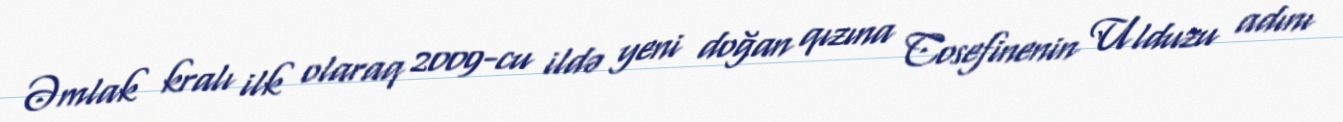
Əmlak kralı ilk olaraq 2009-cu ildə yeni doğan qızına Cosefinenin Ulduzu adını